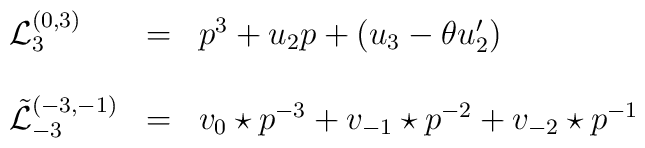
\begin{array}{lcl}{\mathcal L }_{3}^{(0,3)}&=& p^{3} +u_{2}p+(u_3 -\theta u'_{2})\\\\{\tilde {\mathcal L }}_{-3}^{(-3,-1)}&=& {v_{0}\star p}^{-3} +v_{-1}\star p^{-2} +v_{-2}\star p^{-1}\\\\\end{array}